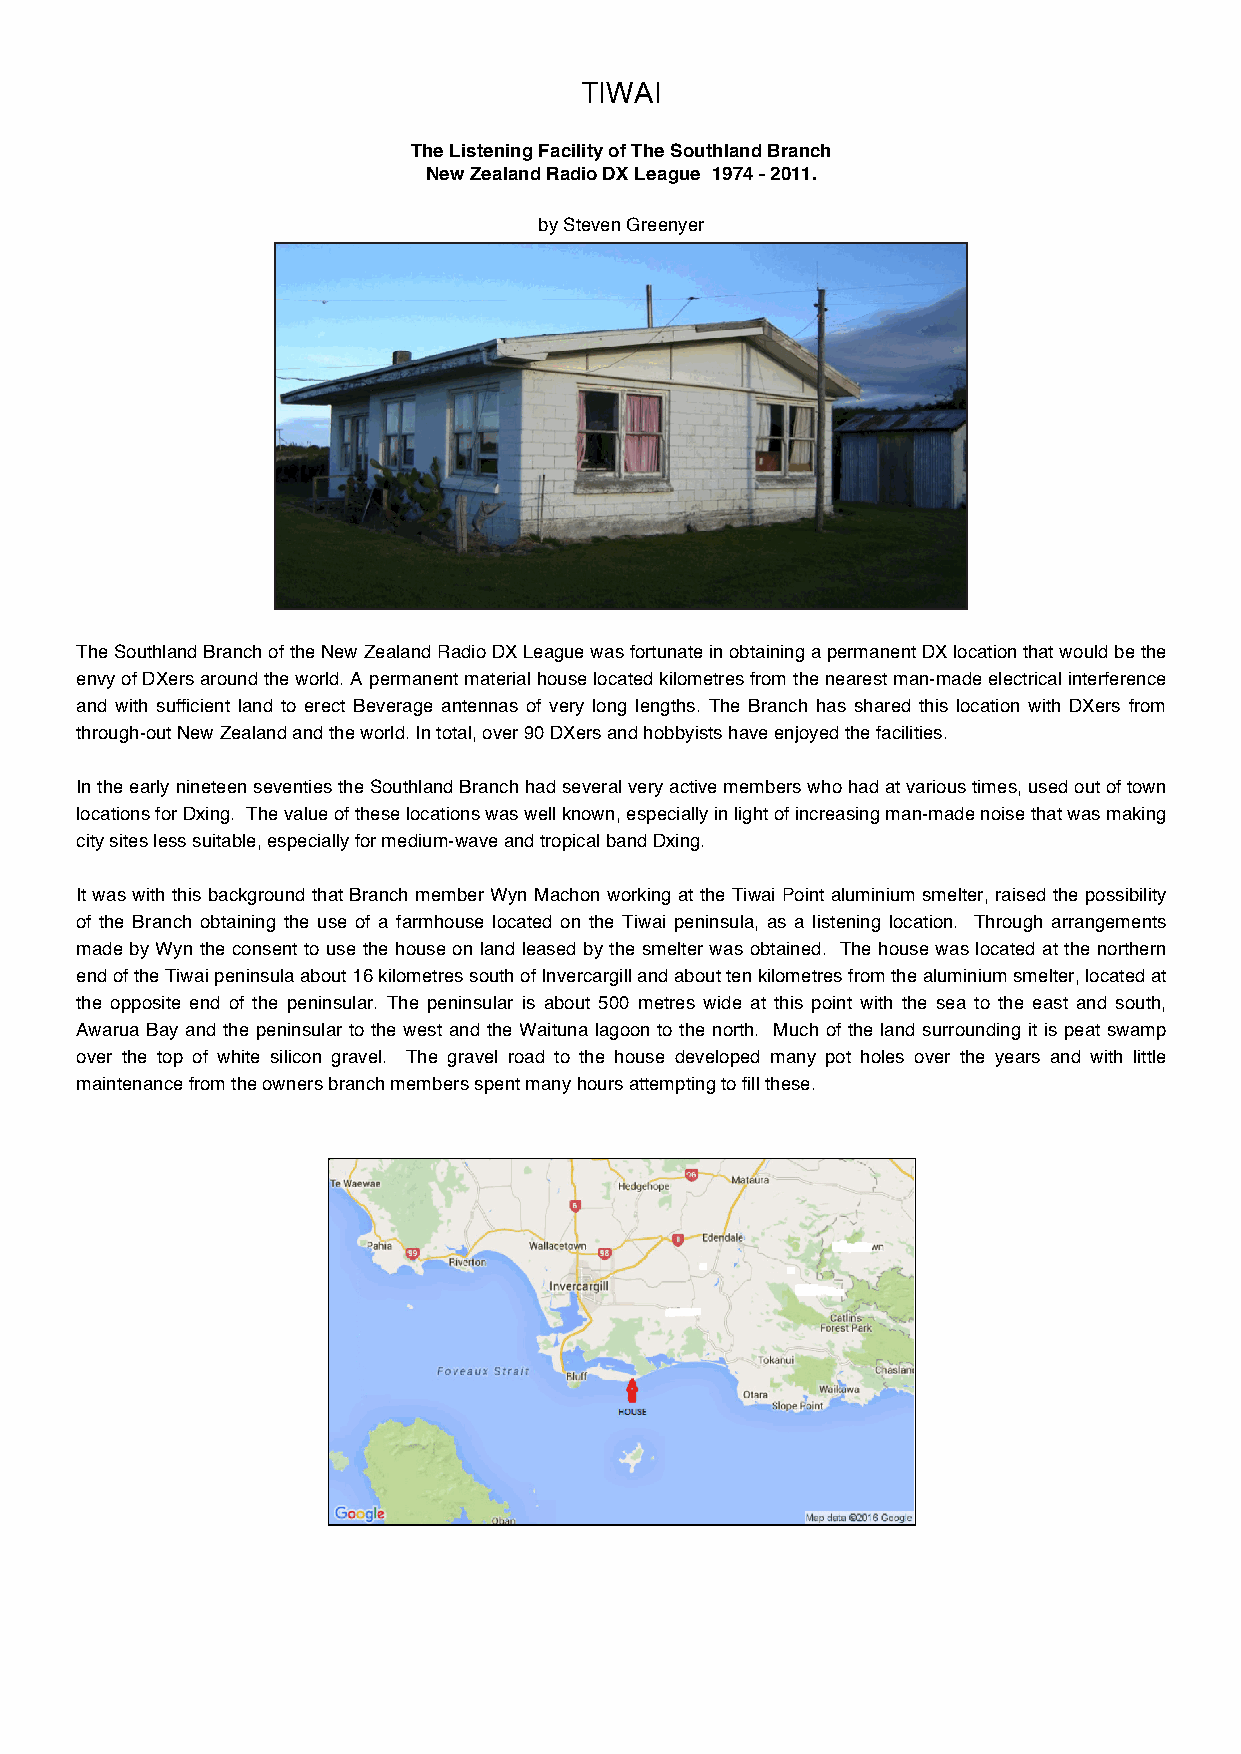
TIWAI
 The Listening Facility of The Southland Branch
 New Zealand Radio DX League 1974 - 2011.
 by Steven Greenyer
 The Southland Branch of the New Zealand Radio DX League was fortunate in obtaining a permanent DX location that would be the
 envy of DXers around the world. A permanent material house located kilometres from the nearest man-made electrical interference
 and with sufficient land to erect Beverage antennas of very long lengths. The Branch has shared this location with DXers from
 through-out New Zealand and the world. In total, over 90 DXers and hobbyists have enjoyed the facilities.
 In the early nineteen seventies the Southland Branch had several very active members who had at various times, used out of town
 locations for Dxing. The value of these locations was well known, especially in light of increasing man-made noise that was making
 city sites less suitable, especially for medium-wave and tropical band Dxing.
 It was with this background that Branch member Wyn Machon working at the Tiwai Point aluminium smelter, raised the possibility
 of the Branch obtaining the use of a farmhouse located on the Tiwai peninsula, as a listening location. Through arrangements
 made by Wyn the consent to use the house on land leased by the smelter was obtained. The house was located at the northern
 end of the Tiwai peninsula about 16 kilometres south of Invercargill and about ten kilometres from the aluminium smelter, located at
 the opposite end of the peninsular. The peninsular is about 500 metres wide at this point with the sea to the east and south,
 Awarua Bay and the peninsular to the west and the Waituna lagoon to the north. Much of the land surrounding it is peat swamp
 over the top of white silicon gravel. The gravel road to the house developed many pot holes over the years and with little
 maintenance from the owners branch members spent many hours attempting to fill these.